Vaccine operations Central Provinces 1900-1911 - 1900-1911
Year: 1900
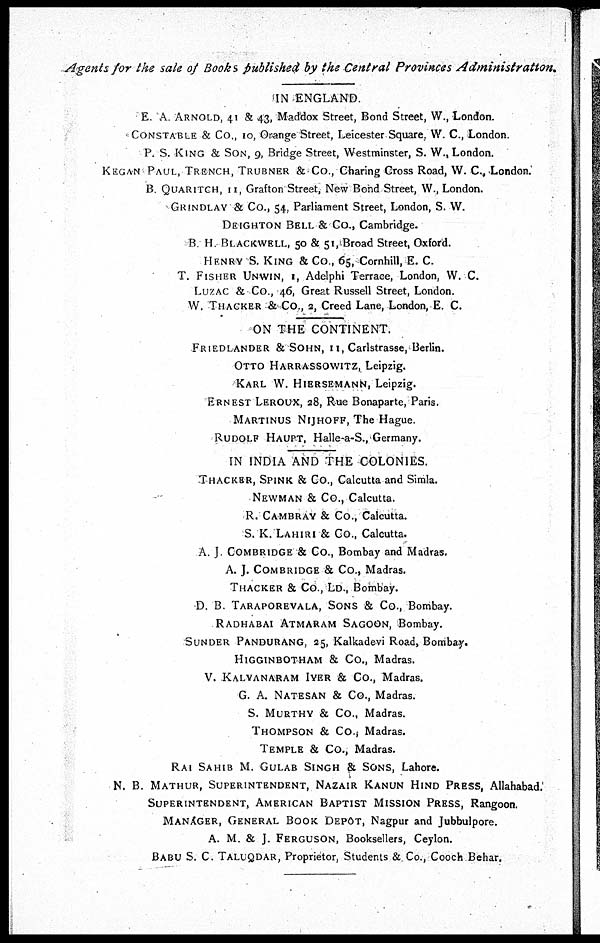
Agents for the sale of Books published by the Central Provinces Administration.
IN ENGLAND.
E. A. ARNOLD, 41 & 43, Maddox Street, Bond Street, W., London.
CONSTABLE & Co., 10, Orange Street, Leicester Square, W. C., London.
P. S. KING & SON, 9, Bridge Street, Westminster, S. W., London.
KEGAN PAUL, TRENCH, TRUBNER & Co., Charing Cross Road, W. C., London.
B. QUARITCH, 11, Grafton Street, New Bond Street, W., London.
GRINDLAY & Co., 54, Parliament Street, London, S. W.
DEIGHTON BELL & Co., Cambridge.
B. H. BLACKWELL, 50 & 51, Broad Street, Oxford.
HENRY S. KING & Co., 65, Cornhill, E. C.
T. FISHER UNWIN, 1, Adelphi Terrace, London, W. C.
LUZAC & Co., 46, Great Russell Street, London.
W. THACKER & Co., 2, Creed Lane, London, E. C.
ON THE CONTINENT.
FRIEDLANDER & SOHN, 11, Carlstrasse, Berlin.
OTTO HARRASSOWITZ, Leipzig.
KARL W. HIERSEMANN, Leipzig.
ERNEST LEROUX, 28, Rue Bonaparte, Paris.
MARTINUS NIJHOFF, The Hague.
RUDOLF HAUPT, Halle-a-S., Germany.
IN INDIA AND THE COLONIES.
THACKER, SPINK & Co., Calcutta and Simla.
NEWMAN & Co., Calcutta.
R. CAMBRAY & Co., Calcutta.
S. K. LAHIRI & Co., Calcutta.
A. J. COMBRIDGE & Co., Bombay and Madras.
A. J. COMBRIDGE & Co., Madras.
THACKER & Co., LD., Bombay.
D. B. TARAPOREVALA, SONS & Co., Bombay.
RADHABAI ATMARAM SAGOON, Bombay.
SUNDER PANDURANG, 25, Kalkadevi Road, Bombay.
HIGGINBOTHAM & Co., Madras.
V. KALYANARAM IYER & Co., Madras.
G. A. NATESAN & Co., Madras.
S. MURTHY & Co., Madras.
THOMPSON & Co., Madras.
TEMPLE & Co., Madras.
RAI SAHIB M. GULAB SINGH & SONS, Lahore.
N. B. MATHUR, SUPERINTENDENT, NAZAIR KANUN HIND PRESS, Allahabad.
SUPERINTENDENT, AMERICAN BAPTIST MISSION PRESS, Rangoon.
MANAGER, GENERAL BOOK DEPÔT, Nagpur and Jubbulpore.
A. M. & J. FERGUSON, Booksellers, Ceylon.
BABU S. C. TALUQDAR, Proprietor, Students & Co., Cooch Behar.